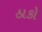
ઠાકો